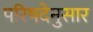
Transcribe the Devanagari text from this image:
परिषदेनुसार